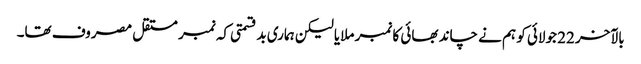
بالآخر 22 جولائی کو ہم نے چاند بھائی کا نمبر ملایا لیکن ہماری بدقسمتی کہ نمبر مستقل مصروف تھا۔